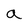
Character: a